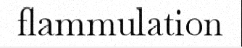
flammulation